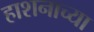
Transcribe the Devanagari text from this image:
हाशनाच्या